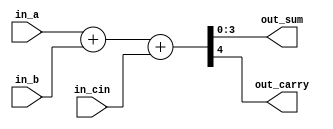
/*

 This file is the part of STTP workshop Conducted at
  St Joseph Engineering College 
  
  Created By P.C. Vijay Ganesh


*/
module adder(in_a,in_b,in_cin,out_sum,out_carry);

input [3:0]in_a,in_b;
input in_cin;
output [3:0]out_sum;
output out_carry;

assign {out_carry,out_sum} = in_a+in_b+in_cin;

endmodule